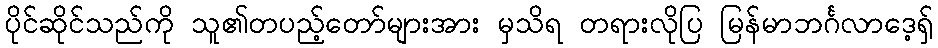
ပိုင်ဆိုင်သည်ကို သူ၏တပည့်တော်များအား မှသိရ တရားလိုပြ မြန်မာဘင်္ဂလာဒေ့ရှ်